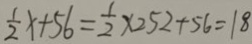
\frac { 1 } { 2 } x + 5 6 = \frac { 1 } { 2 } \times 2 5 2 + 5 6 = 1 8